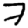
Digit: 7